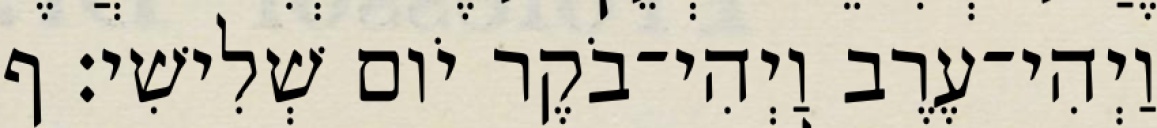
וַיְהִי־עֶרֶב וַיְהִי־בֹקֶר יֹום שְׁלִישִׁי׃ ף